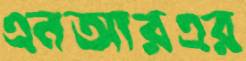
এনআরএর